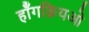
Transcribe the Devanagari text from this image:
हॉंगक़ियओ